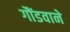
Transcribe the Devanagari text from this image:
गौंडवाने